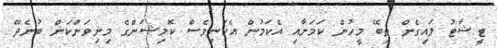
ޓީޝާޓު ލައިގެން ތިބޭ މީހުން ކަމަށާއި އެކަމުން އެކަނިވެސް ކޮމިޝަންގެ މިނިވަންކަން ބުނެދޭ